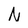
Character: N